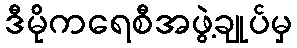
ဒီမိုကရေစီအဖွဲ့ချုပ်မှ